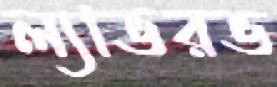
ল্যাভরভ